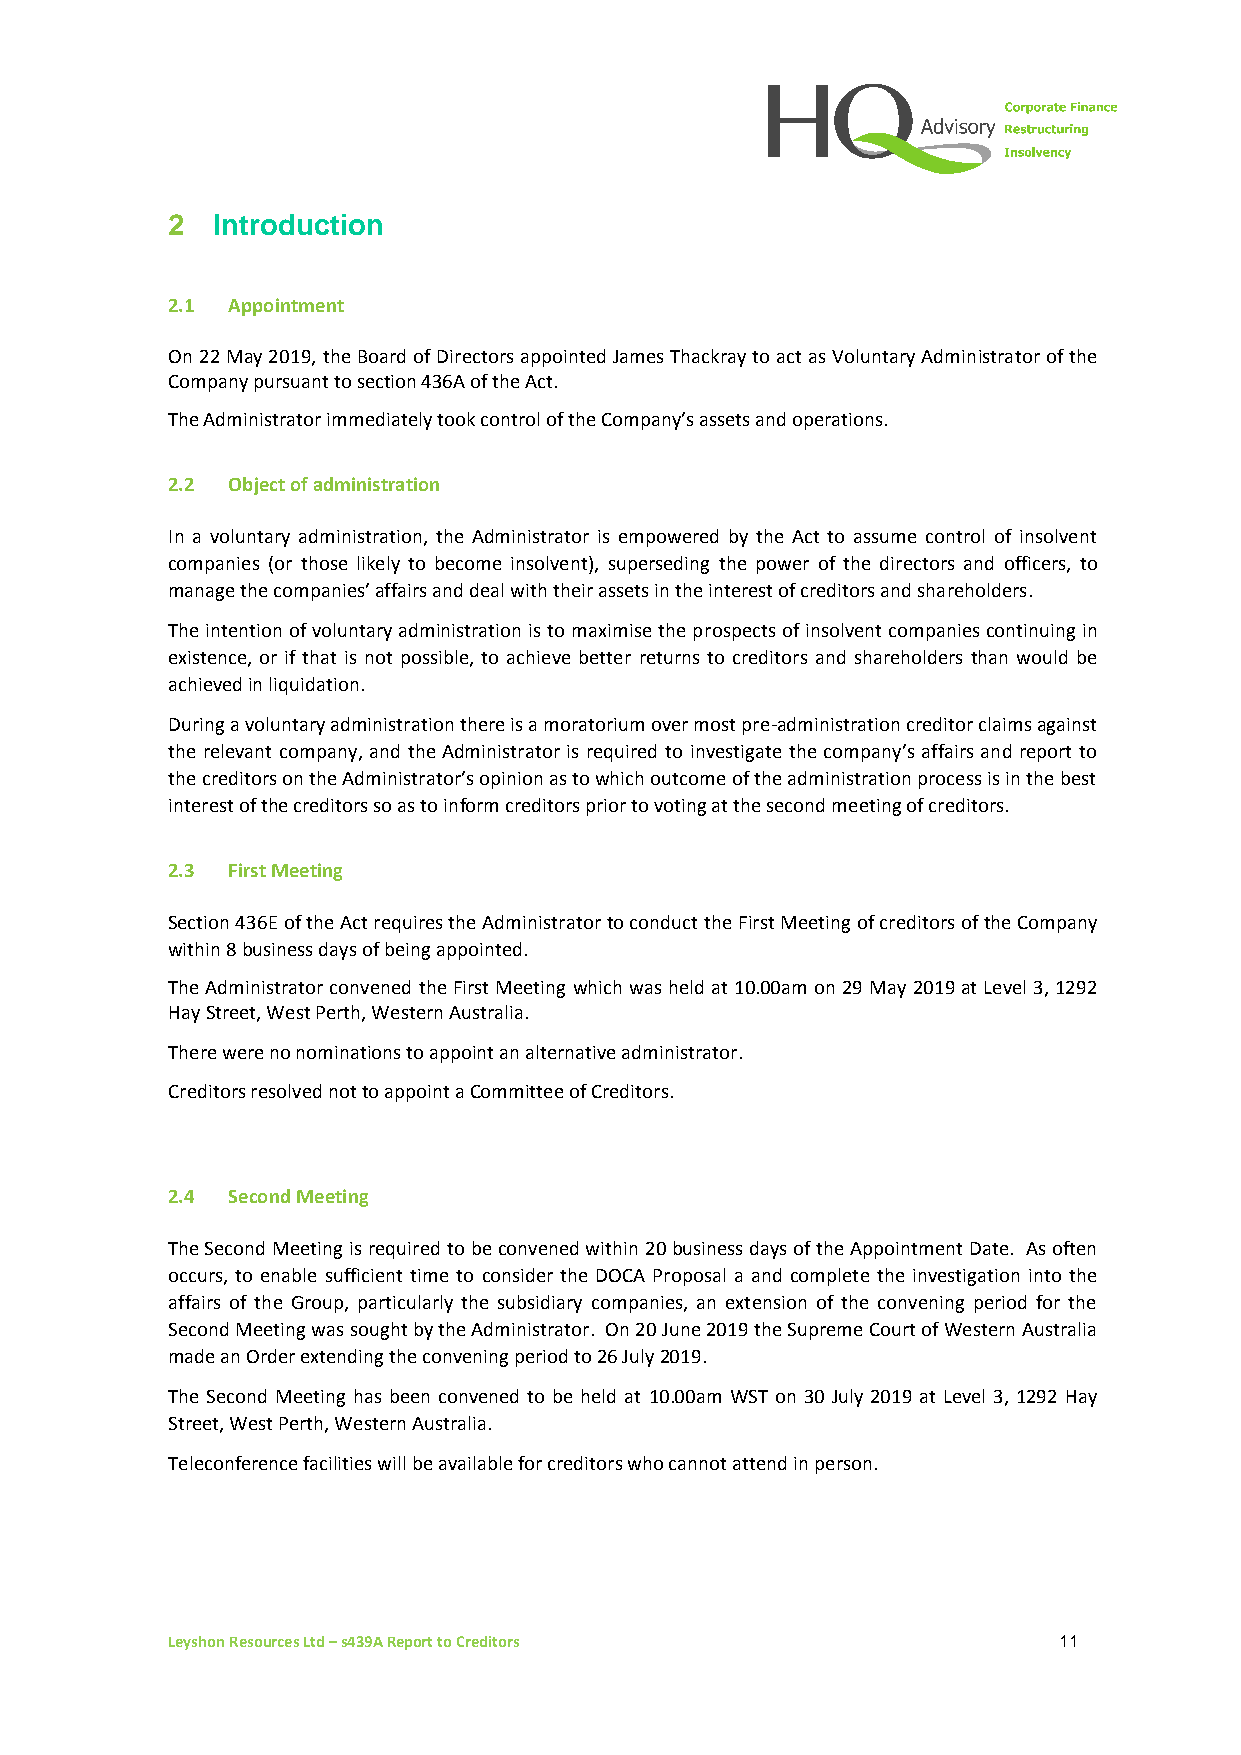
2  Introduction
 2.1 Appointment
 On 22 May 2019, the Board of Directors appointed James Thackray to act as Voluntary Administrator of the
 Company pursuant to section 436A of the Act.
 The Administrator immediately took control of the Company’s assets and operations.
 2.2 Object of administration
 In a voluntary administration, the Administrator is empowered by the Act to assume control of insolvent
 companies (or those likely to become insolvent), superseding the power of the directors and officers, to
 manage the companies’ affairs and deal with their assets in the interest of creditors and shareholders.
 The intention of voluntary administration is to maximise the prospects of insolvent companies continuing in
 existence, or if that is not possible, to achieve better returns to creditors and shareholders than would be
 achieved in liquidation.
 During a voluntary administration there is a moratorium over most pre-administration creditor claims against
 the relevant company, and the Administrator is required to investigate the company’s affairs and report to
 the creditors on the Administrator’s opinion as to which outcome of the administration process is in the best
 interest of the creditors so as to inform creditors prior to voting at the second meeting of creditors.
 2.3 First Meeting
 Section 436E of the Act requires the Administrator to conduct the First Meeting of creditors of the Company
 within 8 business days of being appointed.
 The Administrator convened the First Meeting which was held at 10.00am on 29 May 2019 at Level 3, 1292
 Hay Street, West Perth, Western Australia.
 There were no nominations to appoint an alternative administrator.
 Creditors resolved not to appoint a Committee of Creditors.
 2.4 Second Meeting
 The Second Meeting is required to be convened within 20 business days of the Appointment Date. As often
 occurs, to enable sufficient time to consider the DOCA Proposal a and complete the investigation into the
 affairs of the Group, particularly the subsidiary companies, an extension of the convening period for the
 Second Meeting was sought by the Administrator. On 20 June 2019 the Supreme Court of Western Australia
 made an Order extending the convening period to 26 July 2019.
 The Second Meeting has been convened to be held at 10.00am WST on 30 July 2019 at Level 3, 1292 Hay
 Street, West Perth, Western Australia.
 Teleconference facilities will be available for creditors who cannot attend in person.
 Leyshon Resources Ltd – s439A Report to Creditors          11